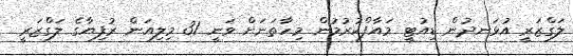
ލަގްޒަރީ އުޅަނދުން ޑިއުޓީ މައާފްކުރުމުން މިހާތަނަށް ވަނީ 31 މިލިއަން ރުފިޔާގެ ލަގްޒަރީ